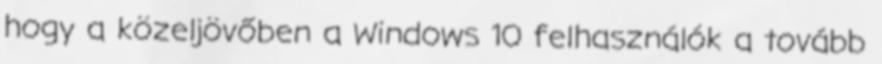
hogy a közeljövőben a Windows 10 felhasználók a tovább